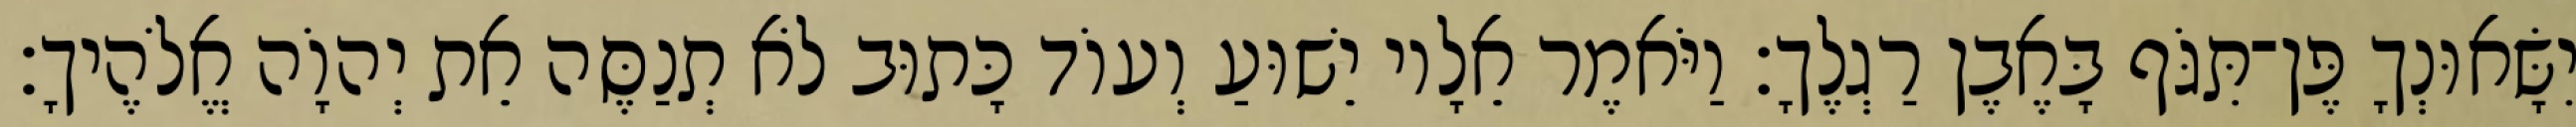
יִשָּׂאוּנְךָ פֶּן־תִּגֹּף בָּאֶבֶן רַגְלֶךָ׃ וַיֹּאמֶר אֵלָיו יֵשׁוּעַ וְעוֹד כָּתוּב לֹא תְנַסֶּה אֵת יְהוָֹה אֱלֹהֶיךָ׃